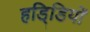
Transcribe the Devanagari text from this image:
हडि्डियों